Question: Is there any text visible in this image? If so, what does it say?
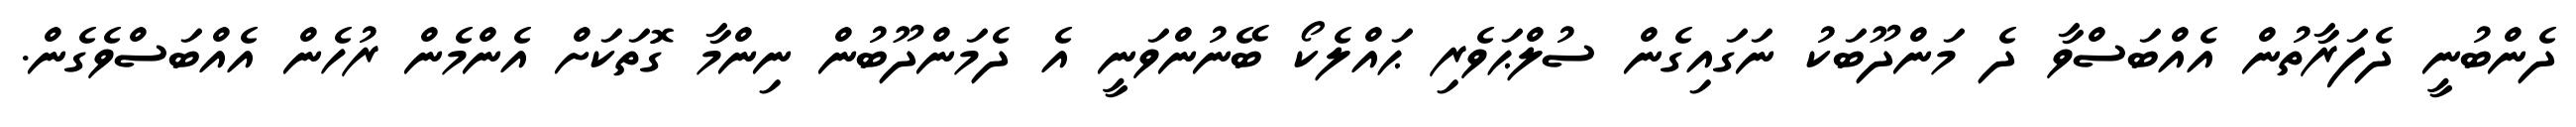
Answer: ދެންބުނީ ދެފަރާތުން އެއްބަސްވާ ދެ މަންދޫބަކު ނަގައިގެން ސުލްޙަވެރި ޙައްލެކޯ ބޭނުންވަނީ އެ ދެމަންދޫބުން ނިންމާ ގޮތަކަށް އެންމެން ރުހެން އެއްބަސްވެގެން.